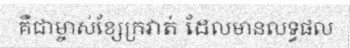
គឺជាម្ចាស់ខ្សែក្រវាត់ ដែលមានលទ្ធផល